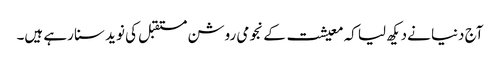
آج دنیا نےدیکھ لیا کہ معیشت کے نجومی روشن مستقبل کی نوید سنا رہے ہیں۔